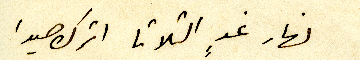
نهار غدٍ التلاتا اترك صيدا